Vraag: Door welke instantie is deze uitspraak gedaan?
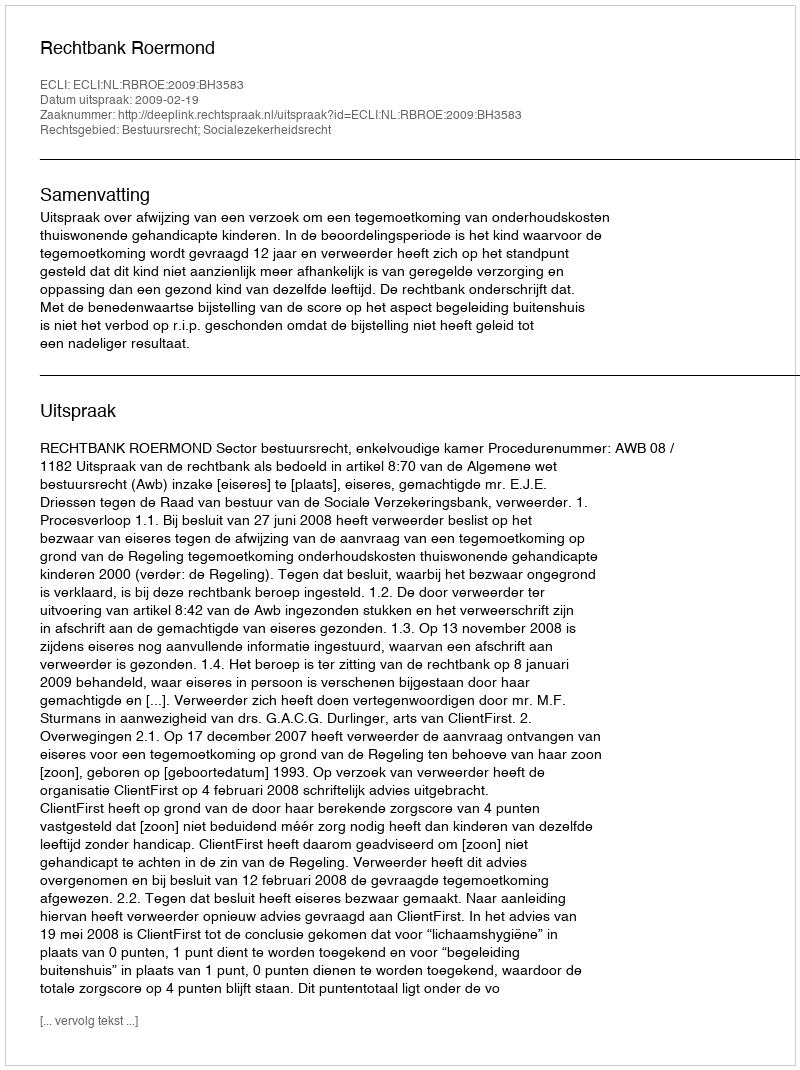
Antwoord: Rechtbank Roermond